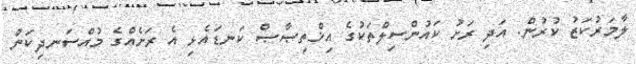
ލާމަރުކަޒު ކުރުން. އަދި ރަށު ކައުންސިލްތަކުގެ އިޚްތިޞާޞް ކަނޑައެޅި އެ ރަށެއްގެ މުއްސަނދިކަން